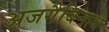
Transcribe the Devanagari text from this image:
अजगैबिनाथ